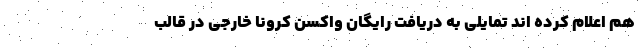
هم اعلام کرده اند تمایلی به دریافت رایگان واکسن کرونا خارجی در قالب